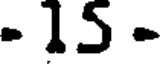
- 15 -